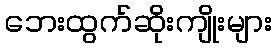
ဘေးထွက်ဆိုးကျိုးများ